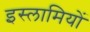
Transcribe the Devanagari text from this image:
इस्लामियों